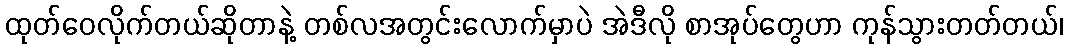
ထုတ်ဝေလိုက်တယ်ဆိုတာနဲ့ တစ်လအတွင်းလောက်မှာပဲ အဲဒီလို စာအုပ်တွေဟာ ကုန်သွားတတ်တယ်၊